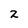
Character: 2